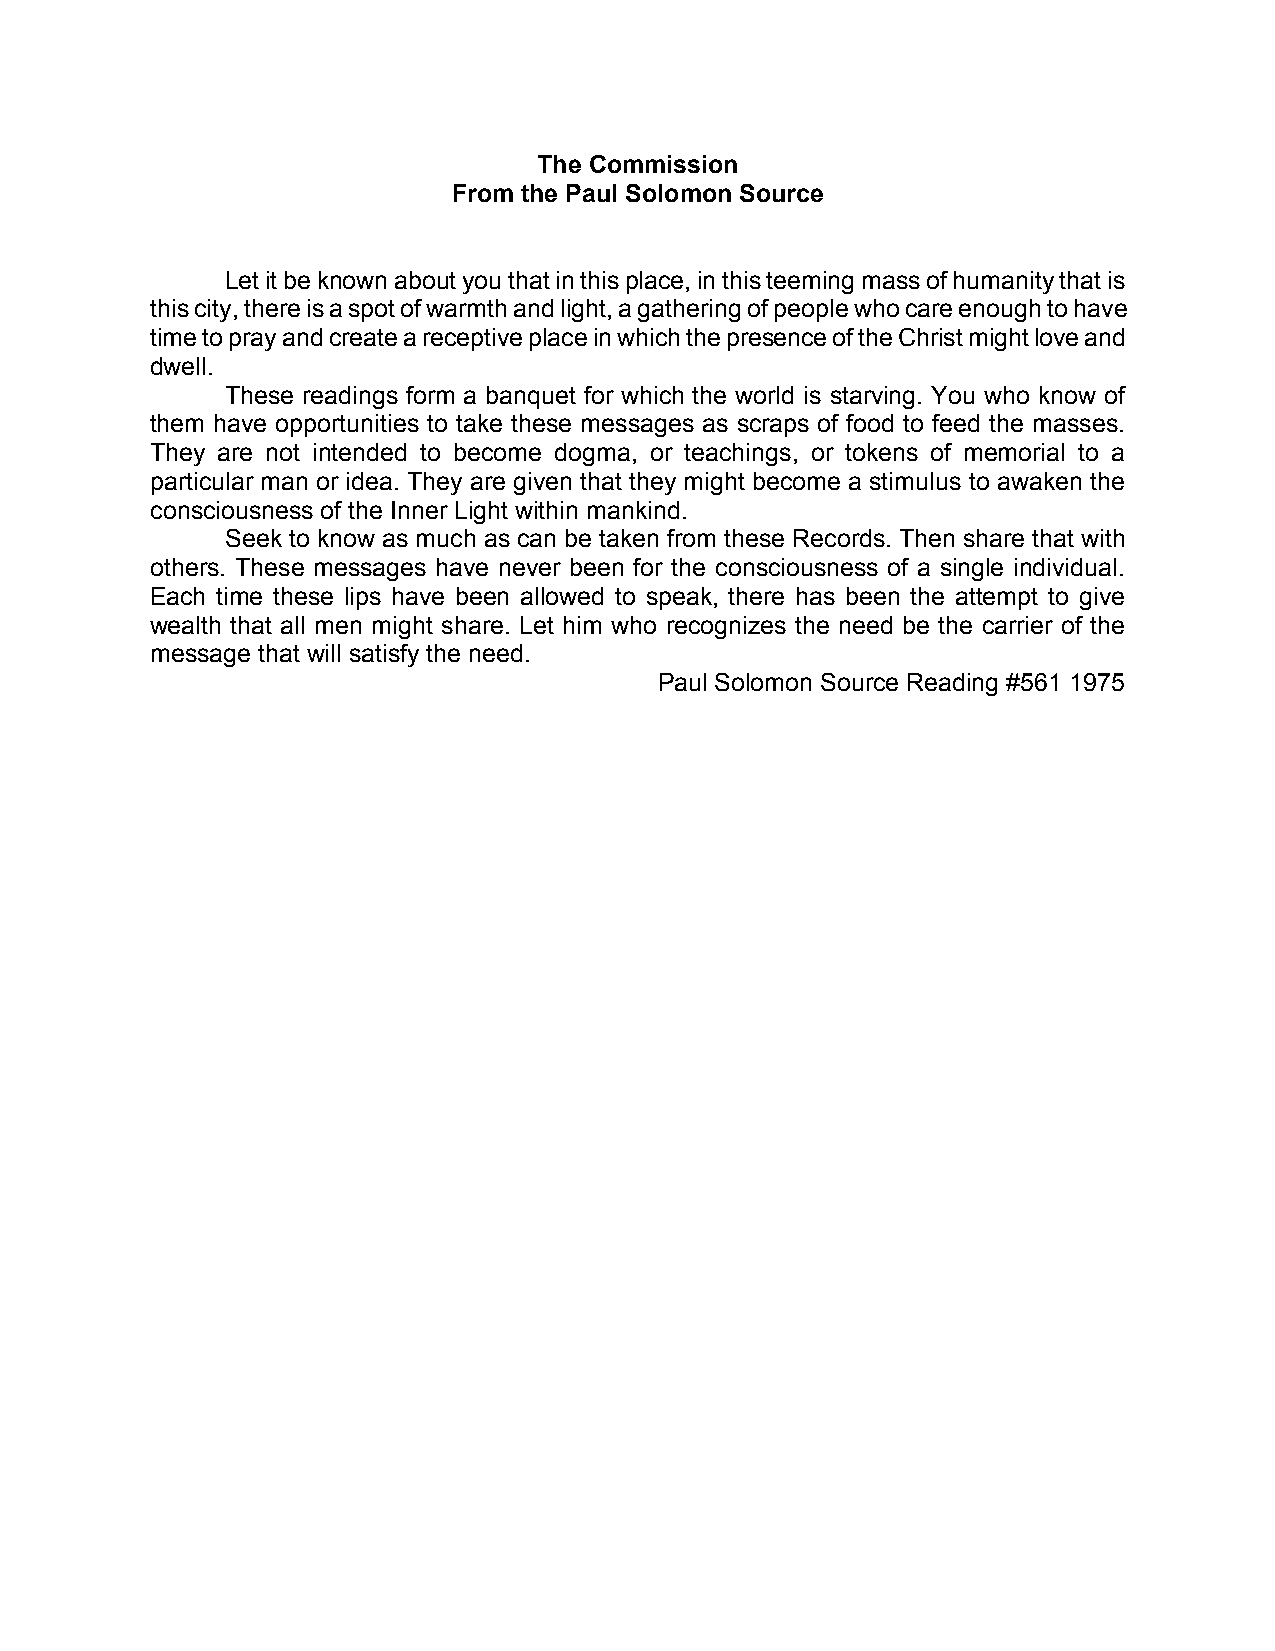
The Commission
 From the Paul Solomon Source
 Let it be known about you that in this place, in this teeming mass of humanity that is
 this city, there is a spot of warmth and light, a gathering of people who care enough to have
 time to pray and create a receptive place in which the presence of the Christ might love and
 dwell.
 These readings form a banquet for which the world is starving. You who know of
 them have opportunities to take these messages as scraps of food to feed the masses.
 They are not intended to become dogma, or teachings, or tokens of memorial to a
 particular man or idea. They are given that they might become a stimulus to awaken the
 consciousness of the Inner Light within mankind.
 Seek to know as much as can be taken from these Records. Then share that with
 others. These messages have never been for the consciousness of a single individual.
 Each time these lips have been allowed to speak, there has been the attempt to give
 wealth that all men might share. Let him who recognizes the need be the carrier of the
 message that will satisfy the need.
 Paul Solomon Source Reading #561 1975